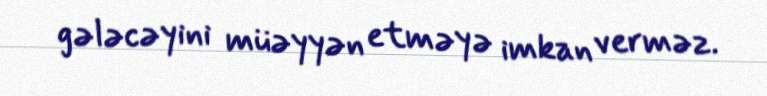
gələcəyini müəyyən etməyə imkan verməz.